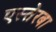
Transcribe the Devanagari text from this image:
एस्तेरबा